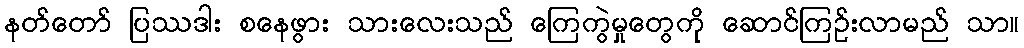
နတ်တော် ပြဿဒါး စနေဖွား သားလေးသည် ကြေကွဲမှုတွေကို ဆောင်ကြဉ်းလာမည် သာ။